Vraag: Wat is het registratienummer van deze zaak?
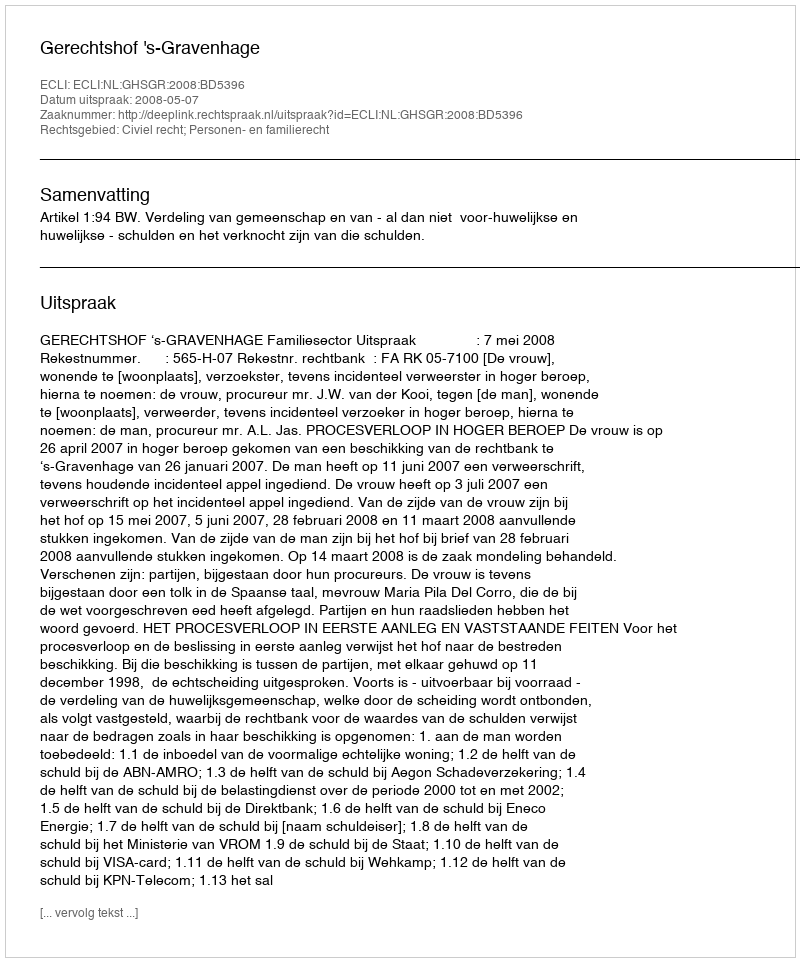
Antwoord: http://deeplink.rechtspraak.nl/uitspraak?id=ECLI:NL:GHSGR:2008:BD5396